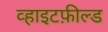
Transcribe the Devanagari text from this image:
व्हाइटफ़ील्ड